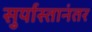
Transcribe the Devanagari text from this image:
सुर्यास्तानंतर